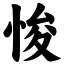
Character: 悛